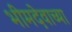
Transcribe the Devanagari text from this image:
भीमदेवाच्या